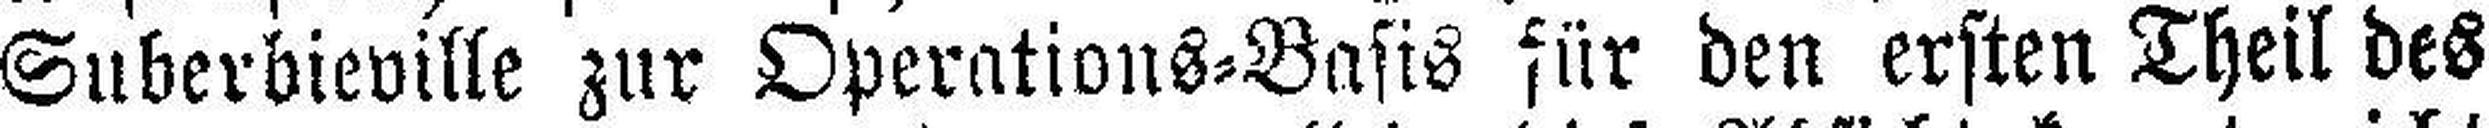
Suberbieville zur Operations=Basis für den ersten Theil des